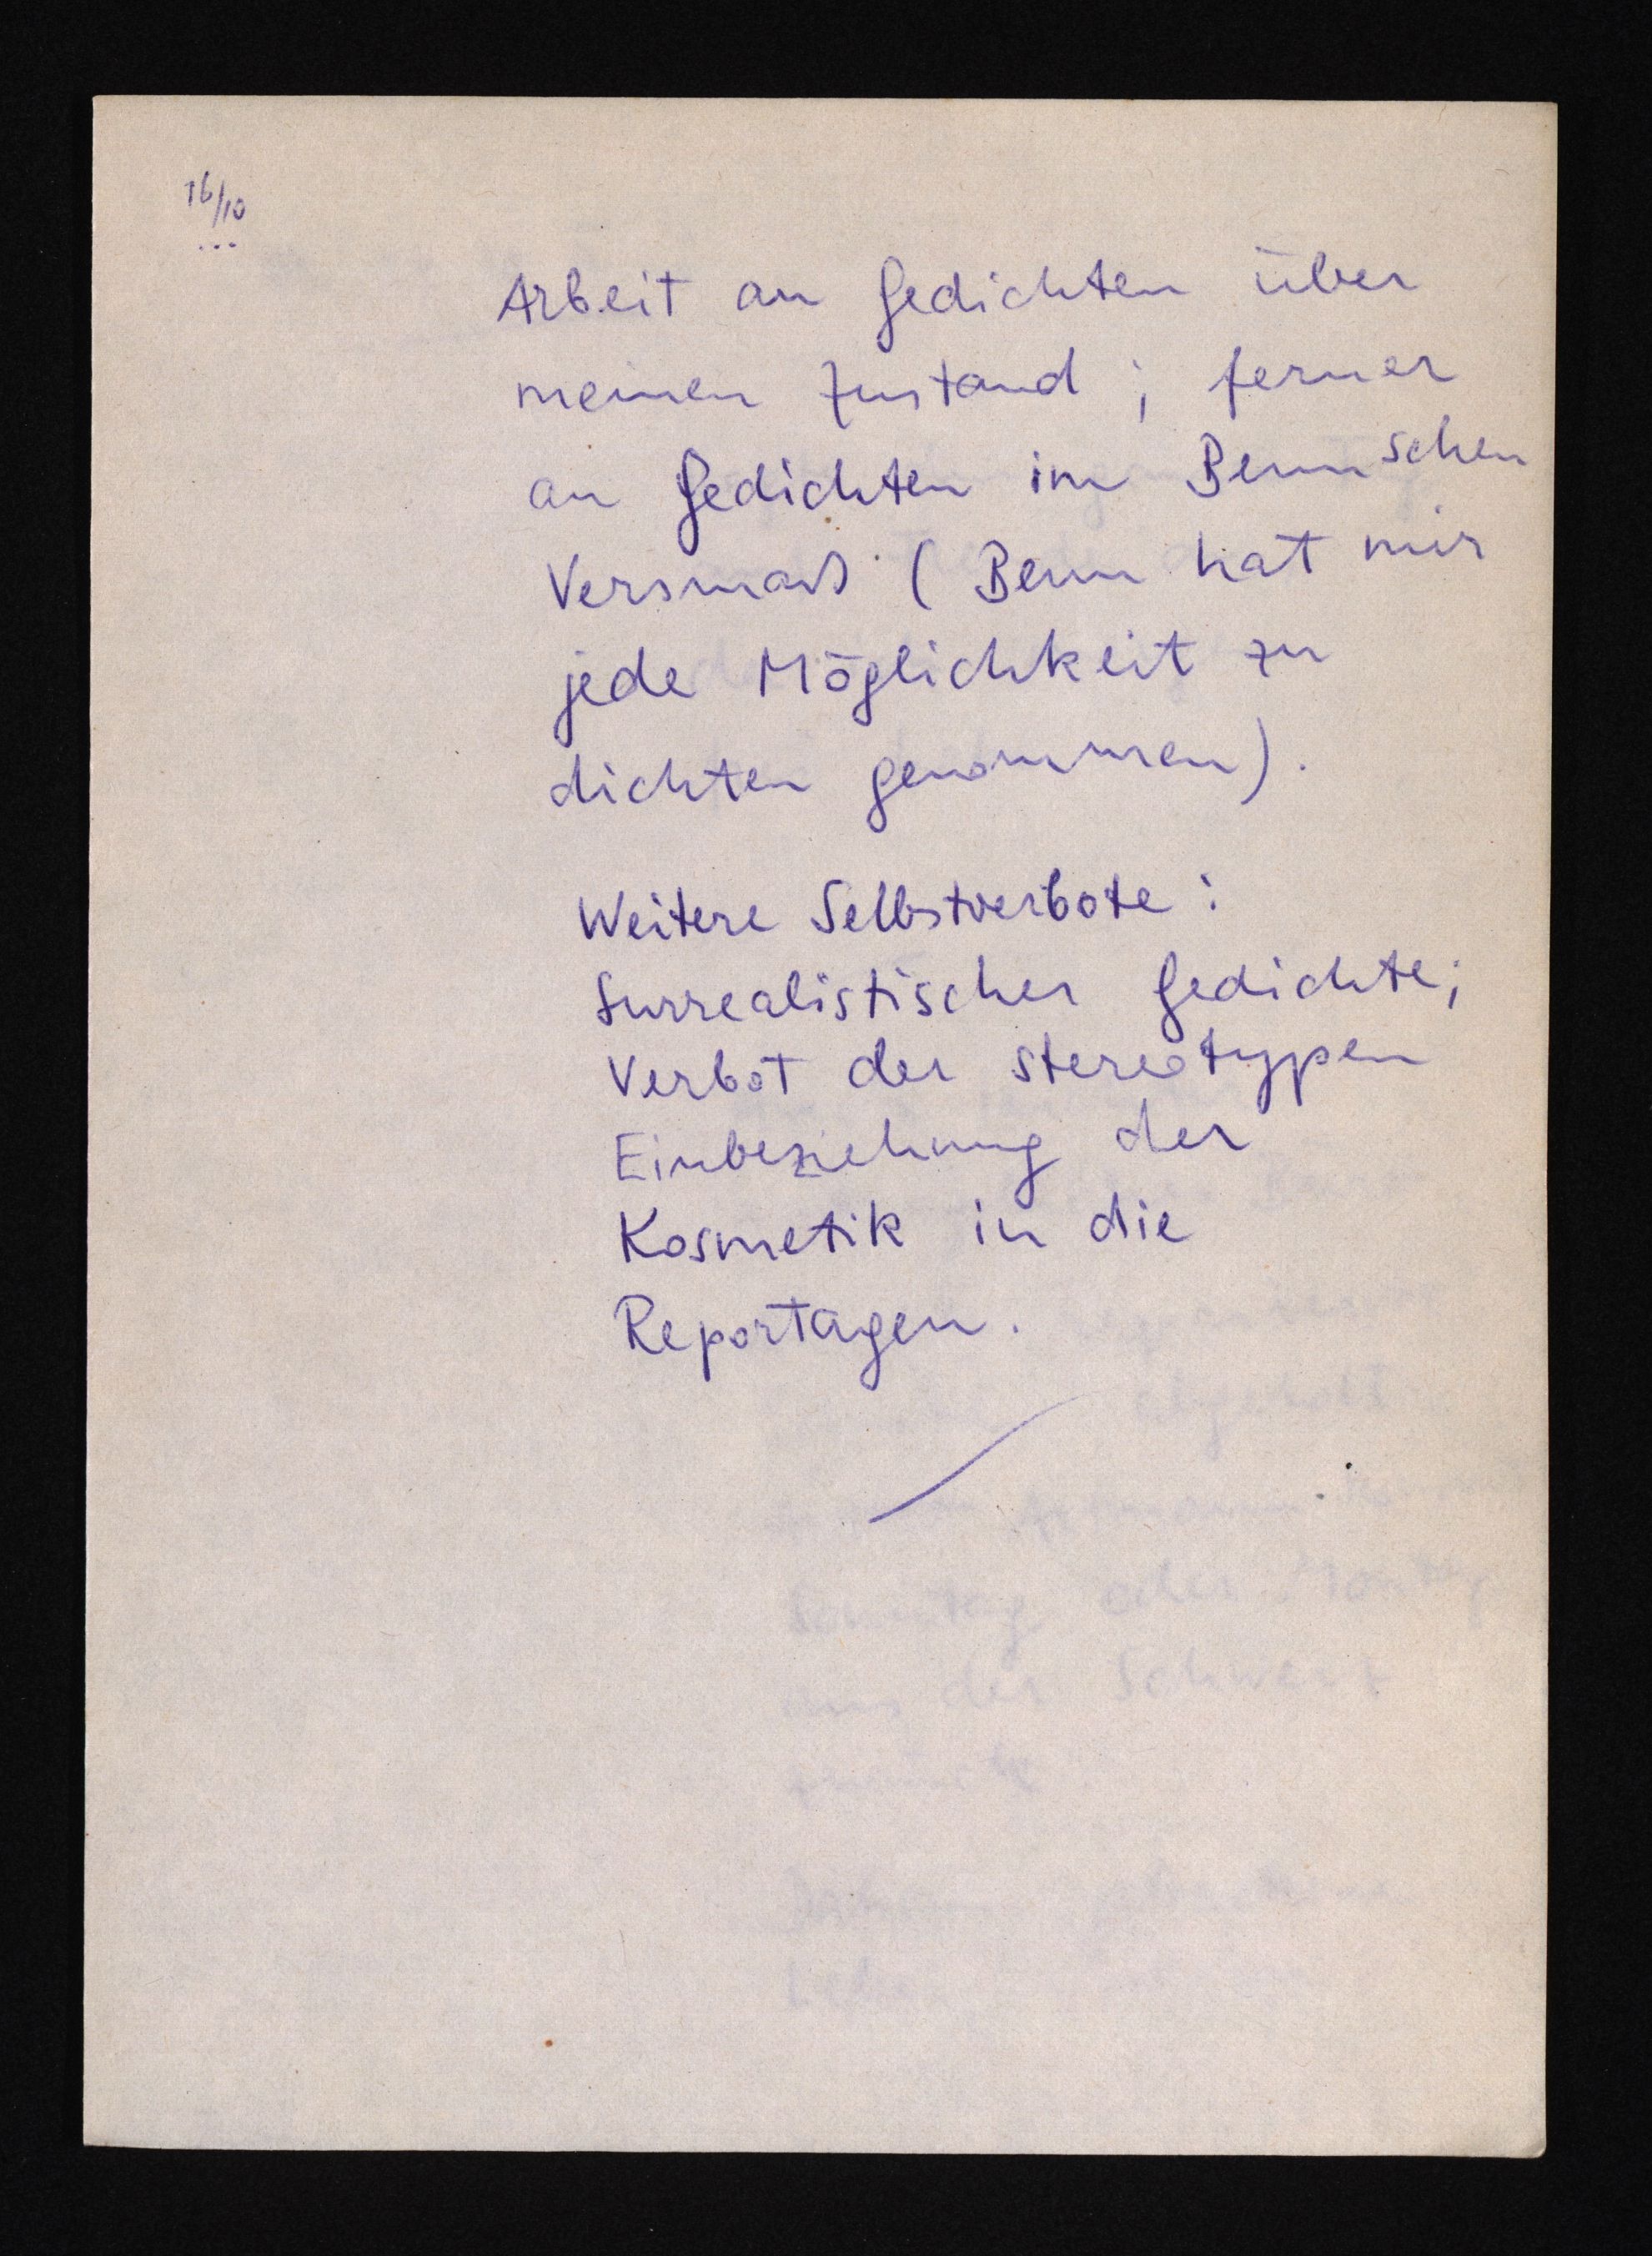
16/10
Arbeit an Gedichten über
meinen Zustand; ferner
an Gedichten im Bennschen
Versmaß (Benn hat mir
jede Möglichkeit zu
dichten genommen).
Weitere Selbstverbote:
Surrealistischer Gedichte;
Verbot der stereotypen
Einbeziehung der
Kosmetik in die
Reportagen.